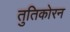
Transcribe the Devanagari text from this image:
तुतिकोरन